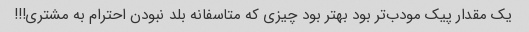
یک مقدار پیک مودب‌تر بود بهتر بود چیزی که متاسفانه بلد نبودن احترام به مشتری!!!